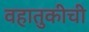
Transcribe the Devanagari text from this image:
वहातुकीची